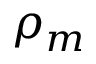
\rho _ { m }